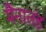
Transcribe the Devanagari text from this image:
मैनातंड